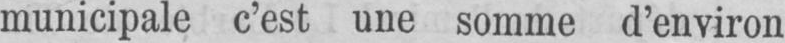
municipale c’est une somme d’environ